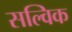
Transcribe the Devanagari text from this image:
सल्विक